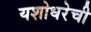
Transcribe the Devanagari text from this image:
यशोधरेची